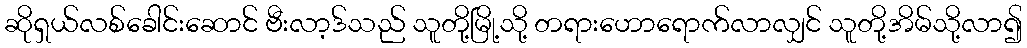
ဆိုရှယ်လစ်ခေါင်းဆောင် ဗီးလာ့ဒ်သည် သူတို့မြို့သို့ တရားဟောရောက်လာလျှင် သူတို့အိမ်သို့လာ၍